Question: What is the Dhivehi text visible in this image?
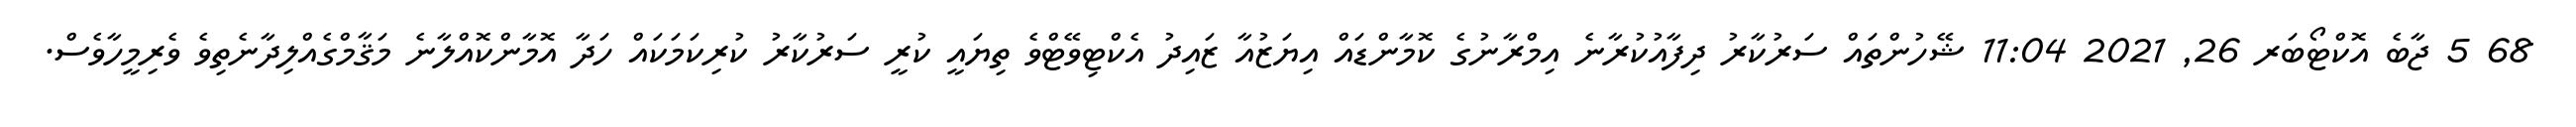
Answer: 68 5 ޖާބެ އޮކްޓޯބަރ 26, 2021 11:04 ޝޭހުންތައް ސަރުކާރު ދިފާއުކުރާނެ އިމްރާނުގެ ކޮމާންޑައް އިޔަޒުއާ ޒައިދު އެކްޓިވޭޓްވެ ތިޔައީ ކުރީ ސަރުކާރު ކުރިކަމަކައް ހަދާ އޮމާންކޮއްލާނެ މަޤާމްގެއްލިދާނެތިވެ ވެރިމީހާވެސް.